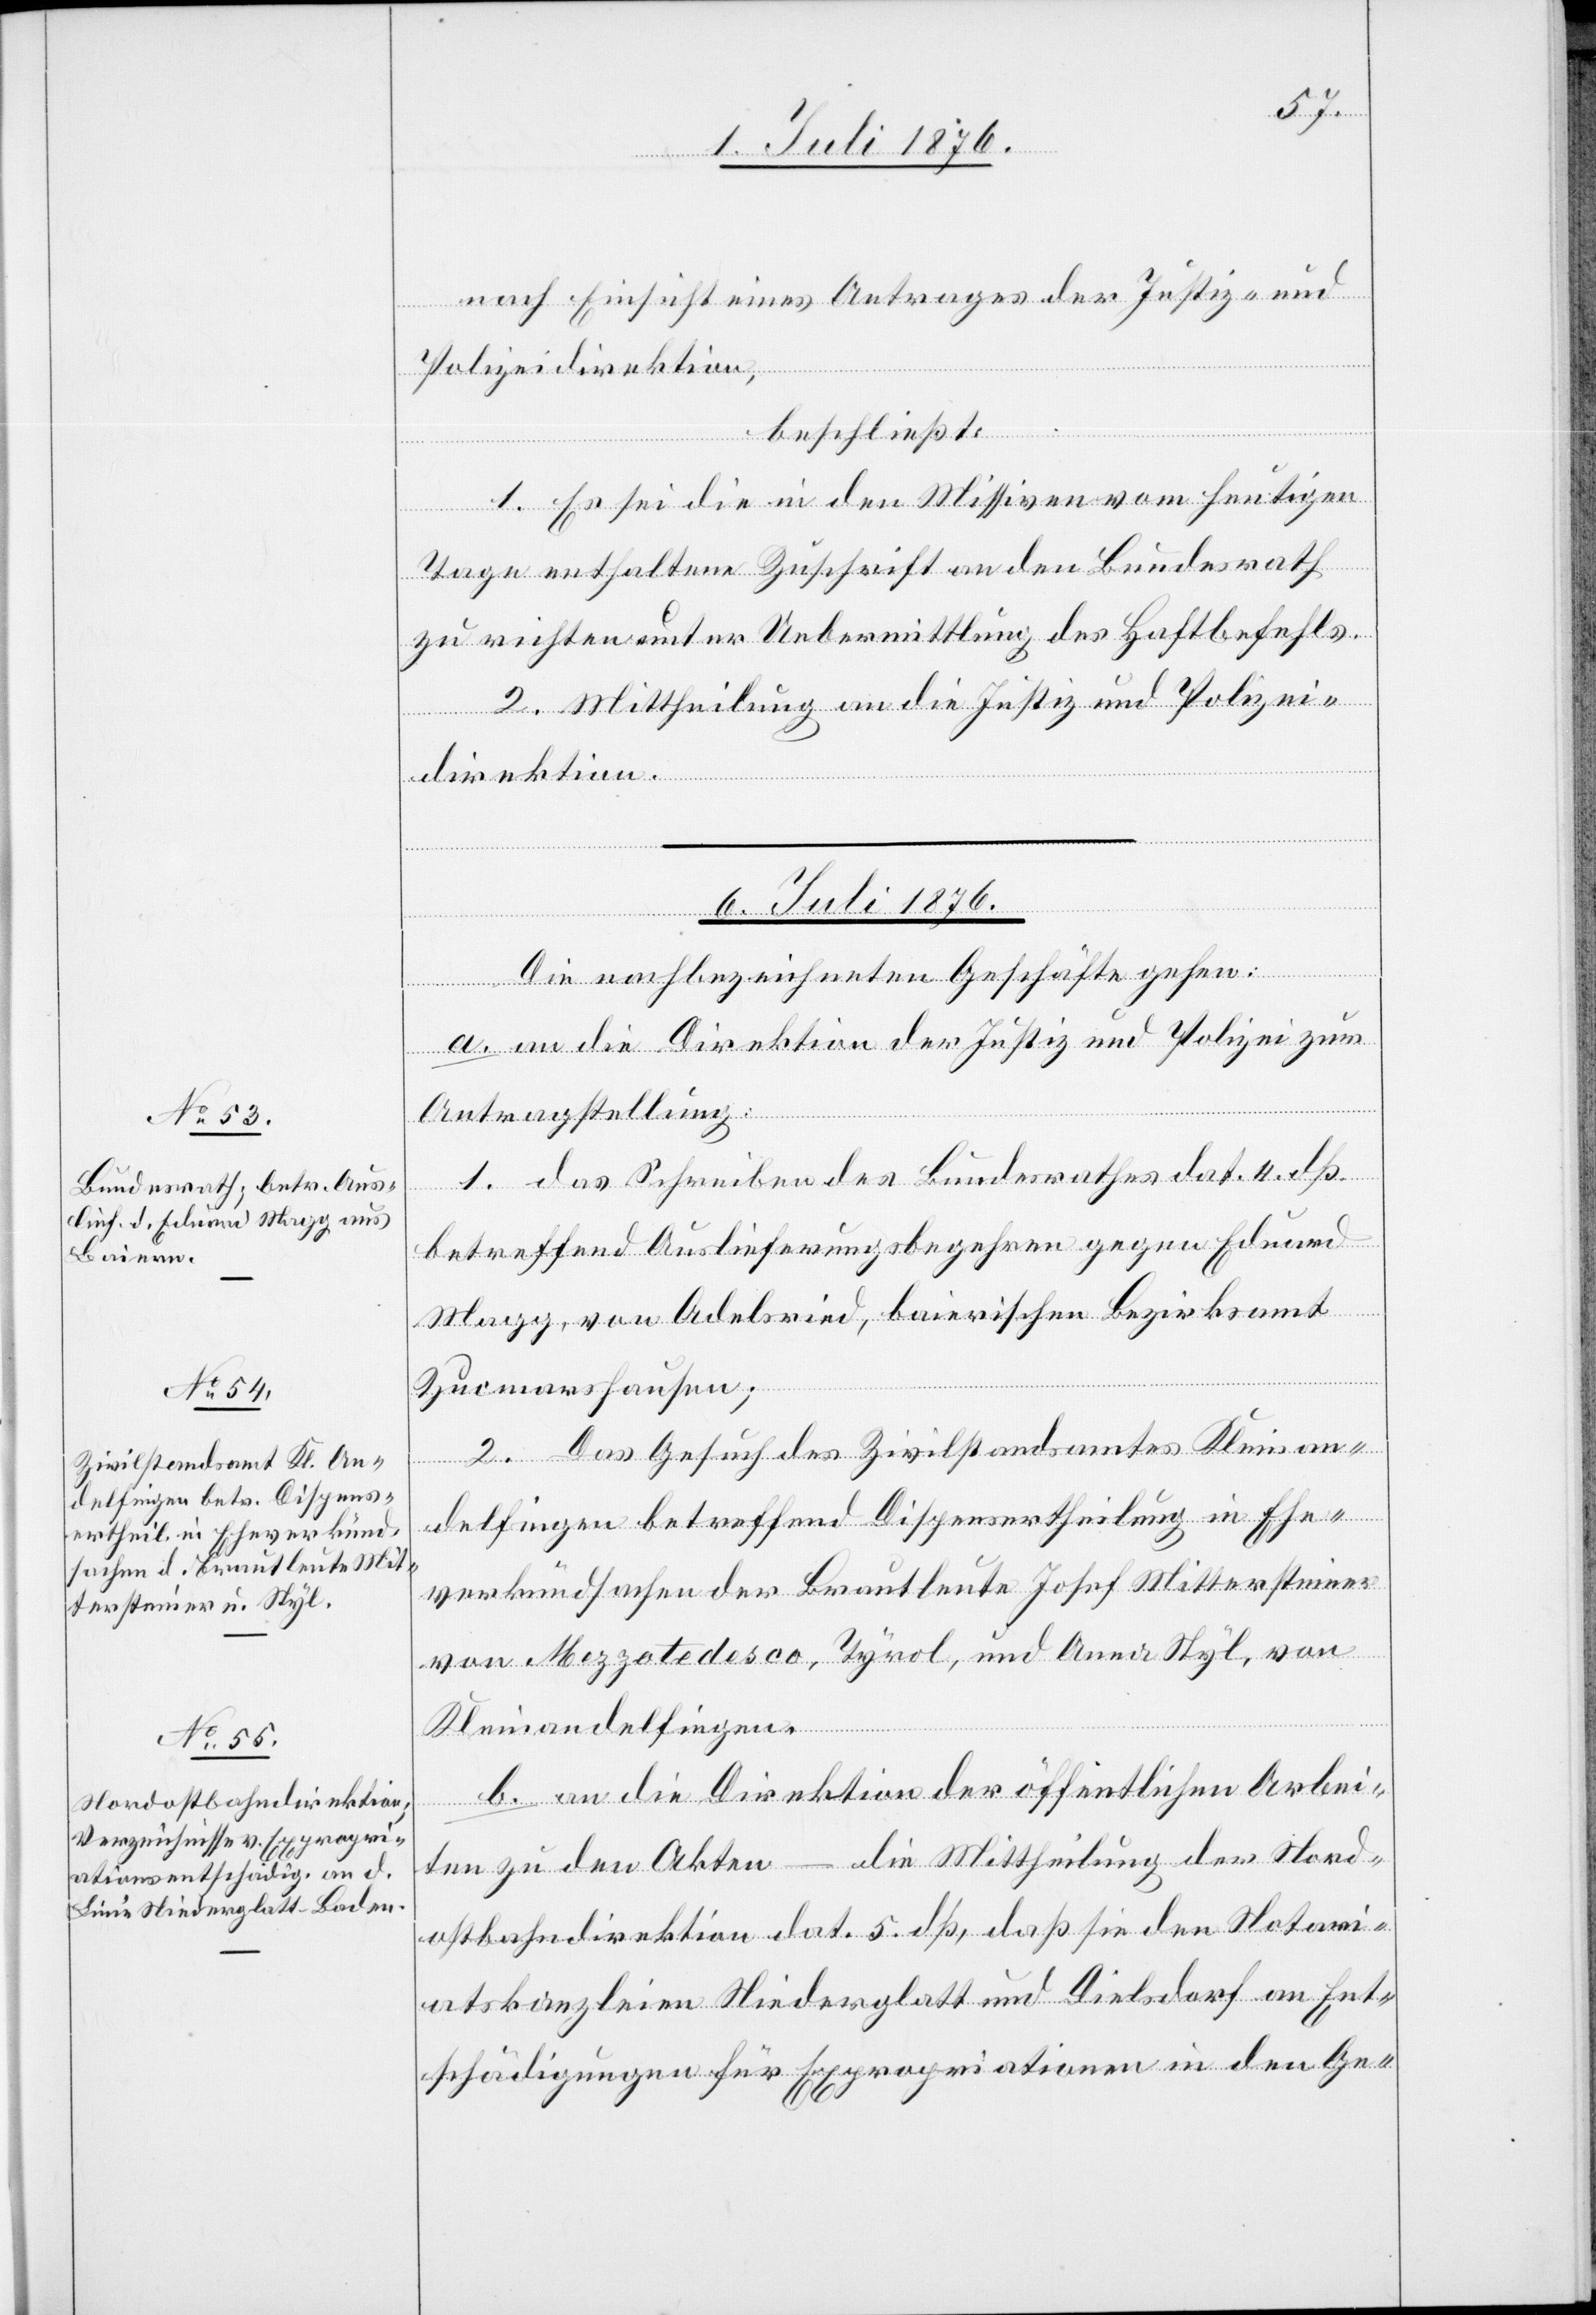
nach Einsicht eines Antrages der Justiz- und
Polizeidirektion,
beschließt:
1. Es sei die in den Missiven vom heutigen
[Forts¬
Tage enthaltene Zuschrift an den Bundesrath
zu richten unter Uebermittlung des Haftbefehls.
2. Mittheilung an die Justiz- und Polizei¬
direktion.
etzung
6. Juli 1876]
Die nachbezeichneten Geschäfte gehen:
a. an die Direktion der Justiz und Polizei zur
Antragstellung:
1. das Schreiben des Bundesrathes dat. 4. dß.
betreffend Auslieferungsbegehren gegen Eduard
Magg, von Adelsried, bairischen Bezirksamt
Zusmarshausen];
2. Das Gesuch des Zivilstandsamtes Kleinan¬
delfingen betreffend Dispensertheilung in Ehe¬
verkündsachen der Brautleute Josef Mittersteiner
von Mezzotedesco, Tyrol, und Anna Styl, von
Kleinandelfingen.
b. an die Direktion der öffentlichen Arbei¬
ten zu den Akten – die Mittheilung der Nord¬
ostbahndirektion dat. 5. dß, daß sie den Notari¬
atskanzleien Niederglatt und Dielsdorf an Ent¬
schädigungen für Expropriationen in den Ge-